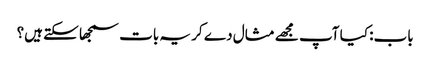
باب: کیا آپ مجھے مثال دے کر یہ بات سمجھا سکتے ہیں؟